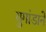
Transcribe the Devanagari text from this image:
युगांडाने